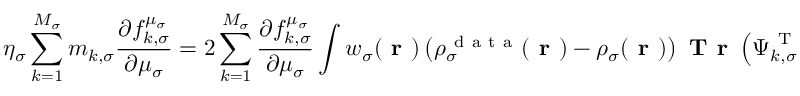
\eta _ { \sigma } \sum _ { k = 1 } ^ { M _ { \sigma } } m _ { k , \sigma } \frac { \partial f _ { k , \sigma } ^ { \mu _ { \sigma } } } { \partial \mu _ { \sigma } } = 2 \sum _ { k = 1 } ^ { M _ { \sigma } } \frac { \partial f _ { k , \sigma } ^ { \mu _ { \sigma } } } { \partial \mu _ { \sigma } } \int w _ { \sigma } ( \boldsymbol { \textbf { r } } ) \left( \rho _ { \sigma } ^ { \mathrm { ~ d ~ a ~ t ~ a ~ } } ( \boldsymbol { \textbf { r } } ) - \rho _ { \sigma } ( \boldsymbol { \textbf { r } } ) \right) \textbf { T r } \left( \boldsymbol { \Psi } _ { k , \sigma } ^ { \mathrm { ~ T ~ } } ( \boldsymbol { \textbf { r } } ) \boldsymbol { \Psi } _ { k , \sigma } ( \boldsymbol { \textbf { r } } ) \right) \, d \boldsymbol { \textbf { r } } \, ,